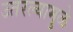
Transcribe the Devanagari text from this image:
उतरल्यामुळे